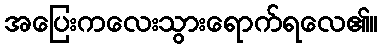
အပြေးကလေးသွားရောက်ရလေ၏။